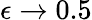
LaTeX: \epsilon\rightarrow 0.5